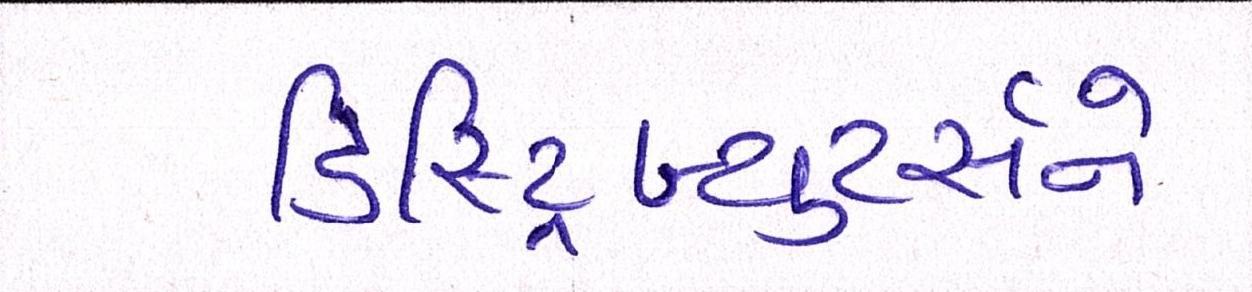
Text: ડિસ્ટ્રિબ્યુટર્સને